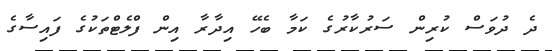
ދެ ދުވަސް ކުރިން ސަރުކާރުގެ ކަމާ ބެހޭ އިދާރާ އިން ފްލެޓްތަކުގެ ފައިސާގެ